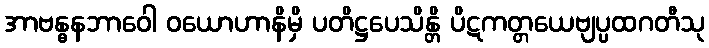
အာဗန္ဓနဘာဝေါ ဝယောဟာနိမှိ ပတိဋ္ဌပေသိန္တိ ပိဋကတ္တယေဗျပ္ပထဂတီသု